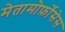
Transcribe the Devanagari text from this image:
मेतामोर्फ़ोसेस